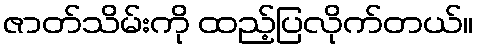
ဇာတ်သိမ်းကို ထည့်ပြလိုက်တယ်။